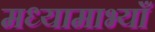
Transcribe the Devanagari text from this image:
मध्यामाभ्याँ